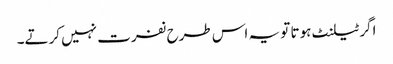
اگر ٹیلنٹ ہوتا تو یہ اس طرح نفرت نہیں کرتے۔